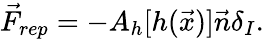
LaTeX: \vec{F}_{rep}=-A_{h}[h(\vec{x})]\vec{n}\delta_{I}.